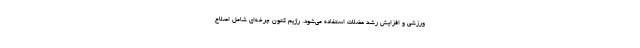
ورزشی و افزایش رشد عضلات استفاده می‌شود. رژیم کتون چرخه‌ای شامل اصلاح